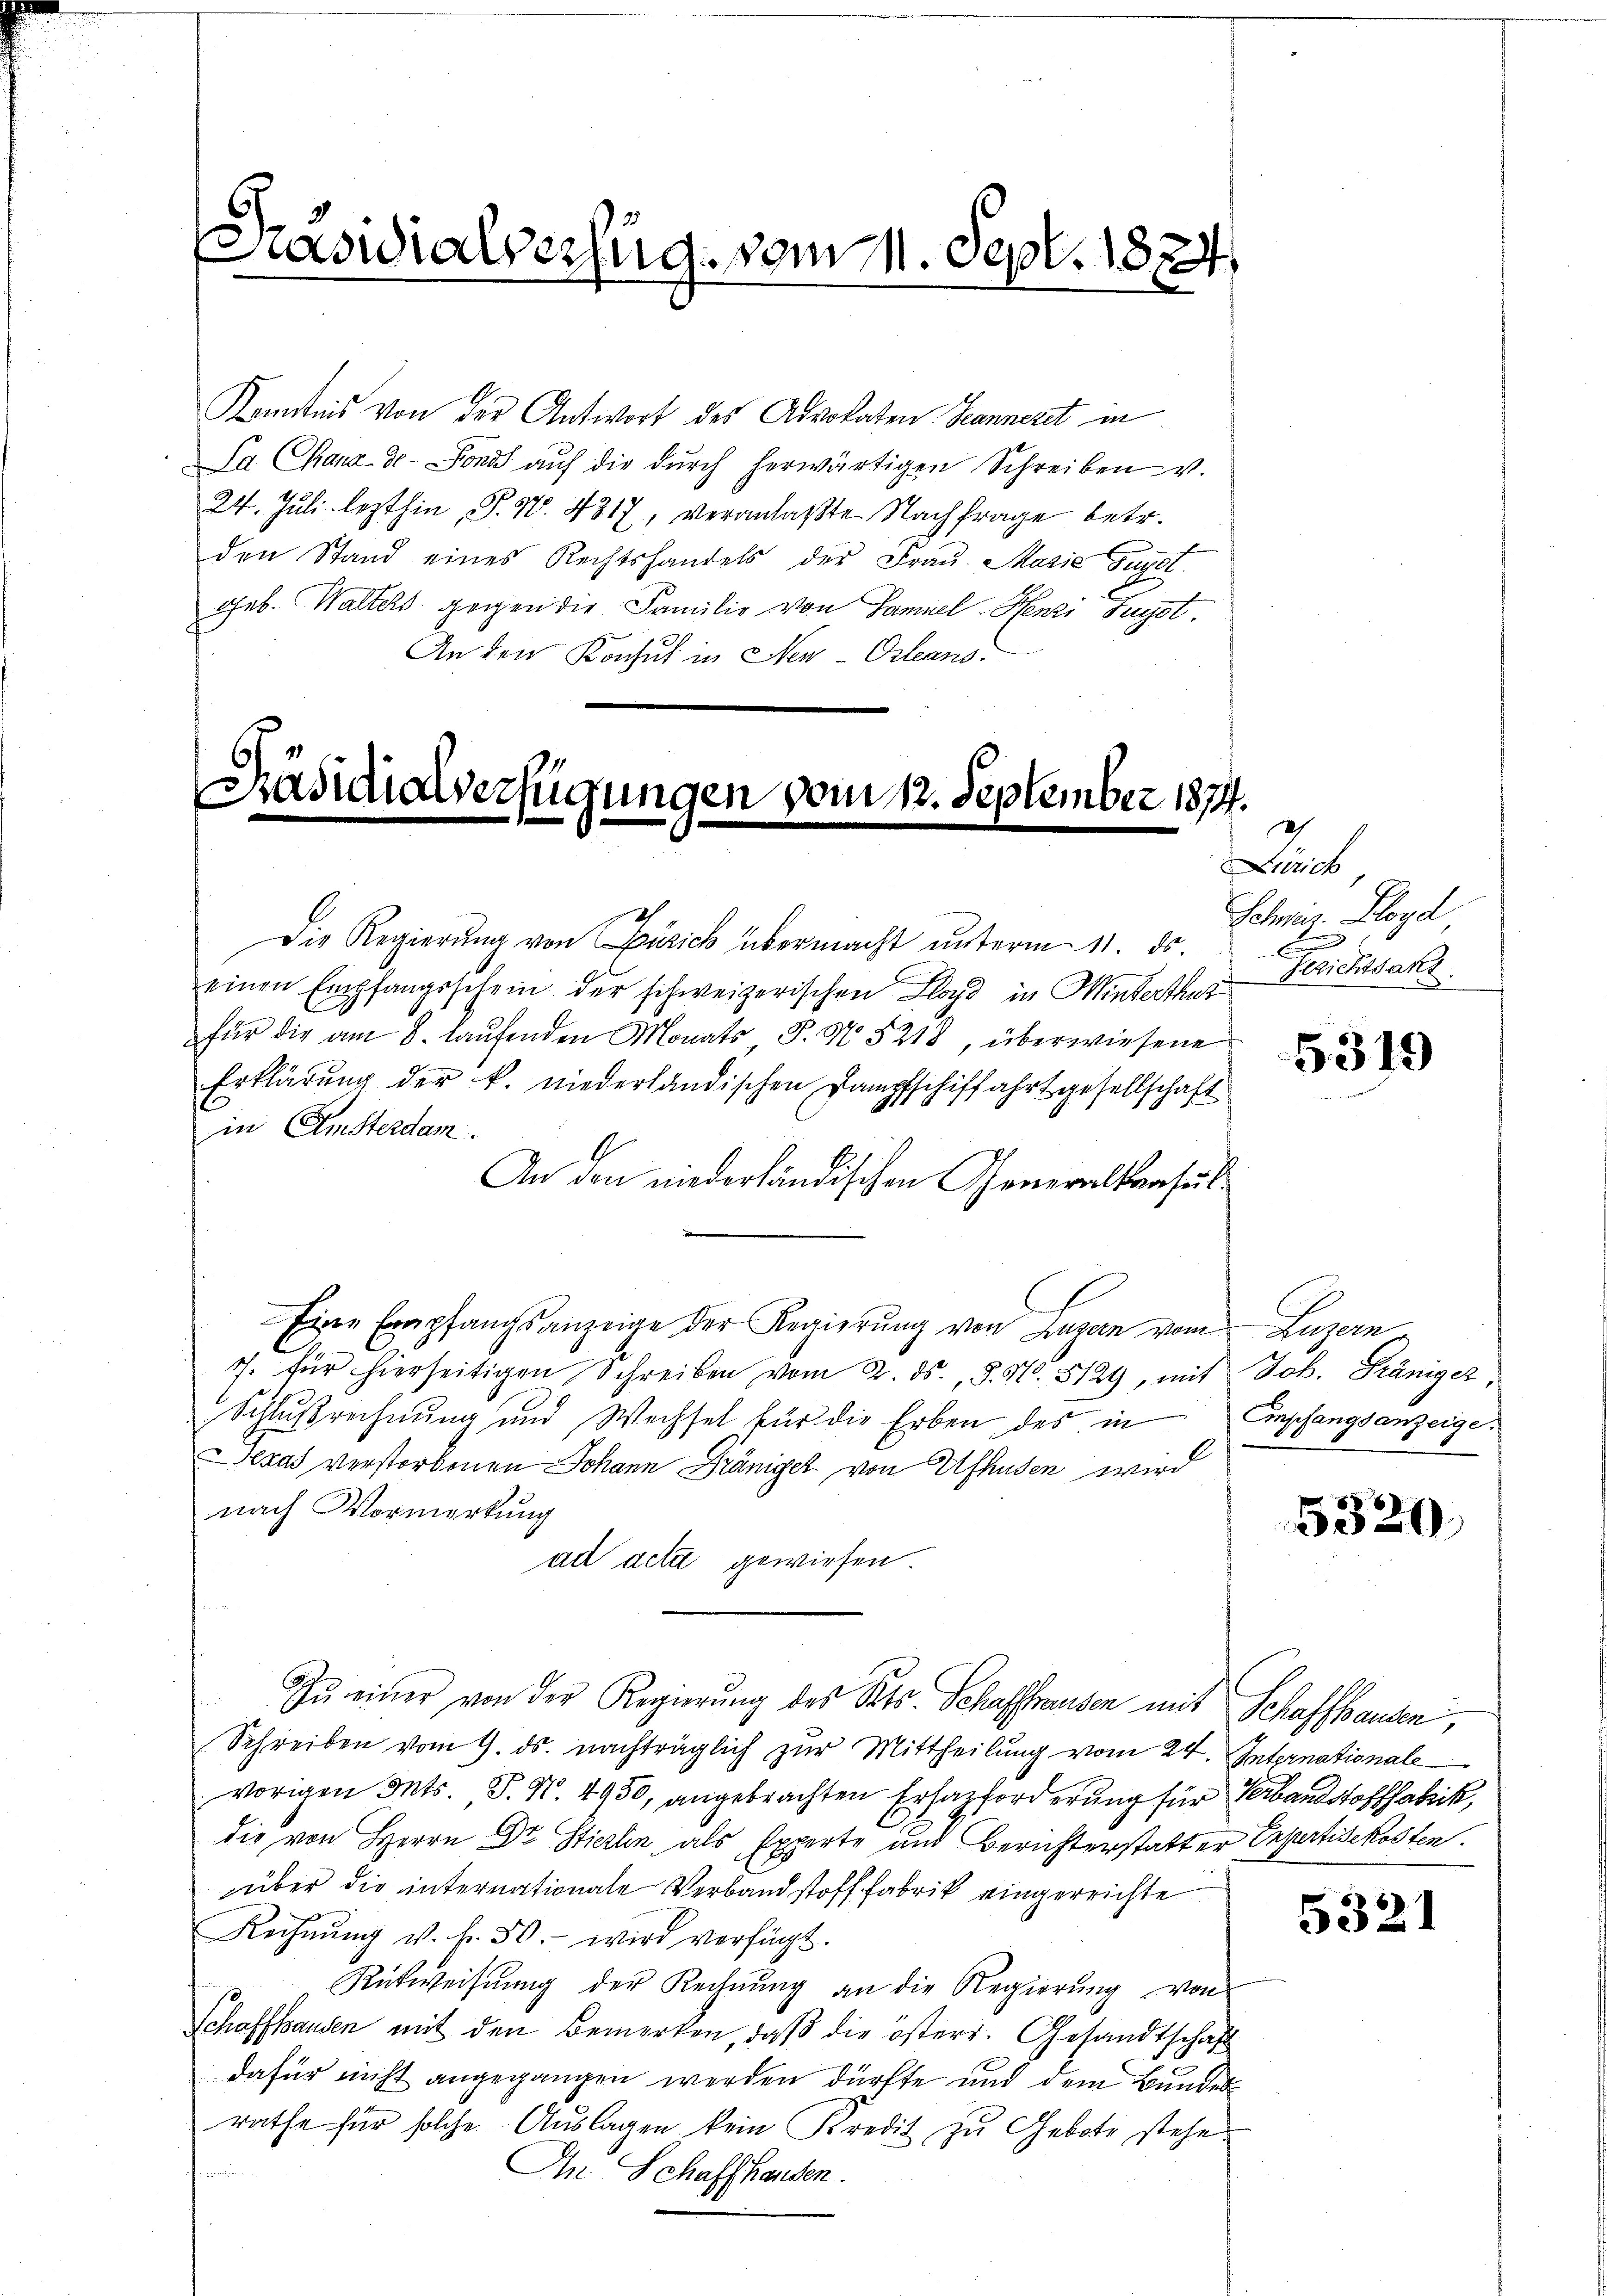
aswialverfug. vom 11. Sept. 1874

Kenntnis von der Antwort des Advokaten Hanneret in
La Chaux-de-Fonds auf die dŭrch herwärtigen Schreiben v.
24. Juli lezthin P. Nr. 4317, veranlaßte Nachfrage betr.
den Stand eines Rechtshandels der Frau Marie Guyet
geb. Walters gegen die Familie von Samuel-Henzi Leyst.
An den Konsul in Neu-Orleans¬

Präsidialverfügungen vom 12. September 1874.

Die Regierŭng von Zürich übermacht unterm 11. ds.
einen Empfangsschein der schweizerischen Lloyd in Winterthur Gerichtsans
für die am 8. laŭfenden Monats J. N. 5218, überwiesene
Erklärung der k. niederländischen Dampfschiffahrtgesellschaft
in Amsterdam.
An den niederländischen Generalkonsul
Eine Empfangsanzeige der Regierung von Luzern vom
7. für hierseitigen Schreiben vom 2. ds., 8. No. 8129, mit
Schlußrechnung und Wechsel für die Erben des in
Texas verstorbenen Johann Gräniger von Ufhusen wird
nach Vormerkung
ad deta gewiesen
Zu einer von der Regierung des Kts. Schaffhausen mit Schaffhausen,
Schreiben vom 9. ds. nachträglich zur Mittheilung vom 24. Internationale
vorigen Ints. S. N. 4950, angebrachten Erhazforderung für Verbandstoffabrik,
die von Herrn Dr Stierlin, als Experte und Berichterstatter Expertisekosten.
über die internationale Verbandstoff fabrik eingereichte
Rechnŭng v. fr. 50.- wird verfügt.
Rückweisŭng der Rechnŭng an die Regierŭng von
Schaffhausen mit den Bemerken, daß die östers. Gesandtschaft
dafür nicht angegangen werden dürfte und dem Bundesrathe für solche Auslagen kein Kredit zu Gebote stehe
In Schaffhausen.

ans
Schnis. Lloyd

5319

Lepe
Job. Gräniger,
Empfangsanzeige.

5320

5321